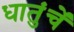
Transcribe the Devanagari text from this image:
धातुंचें